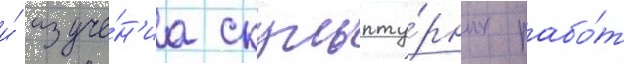
и́ изуче́н'иа скульпту́рных рабо́т